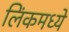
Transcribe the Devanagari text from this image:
लिंकमध्ये